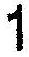
1